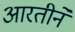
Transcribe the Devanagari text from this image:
आरतीने